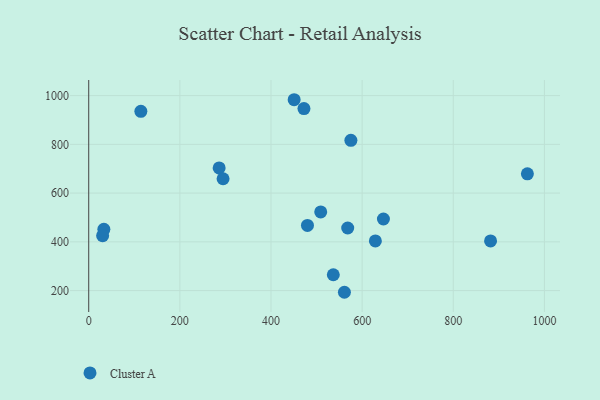
{"axis": {"x": "Speed", "y": "Yield"}, "legend": ["Cluster A"], "data": [{"x": "646.7", "y": 493.7, "type": "Cluster A"}, {"x": "472.3", "y": 946.9, "type": "Cluster A"}, {"x": "536.7", "y": 264.9, "type": "Cluster A"}, {"x": "881.8", "y": 403.7, "type": "Cluster A"}, {"x": "629.0", "y": 403.7, "type": "Cluster A"}, {"x": "33.2", "y": 451.2, "type": "Cluster A"}, {"x": "114.4", "y": 935.3, "type": "Cluster A"}, {"x": "568.3", "y": 456.8, "type": "Cluster A"}, {"x": "286.2", "y": 703.1, "type": "Cluster A"}, {"x": "480.0", "y": 467.4, "type": "Cluster A"}, {"x": "450.8", "y": 983.1, "type": "Cluster A"}, {"x": "294.8", "y": 658.9, "type": "Cluster A"}, {"x": "561.1", "y": 193.0, "type": "Cluster A"}, {"x": "575.3", "y": 816.5, "type": "Cluster A"}, {"x": "962.6", "y": 679.2, "type": "Cluster A"}, {"x": "509.1", "y": 522.9, "type": "Cluster A"}, {"x": "30.5", "y": 425.1, "type": "Cluster A"}]}